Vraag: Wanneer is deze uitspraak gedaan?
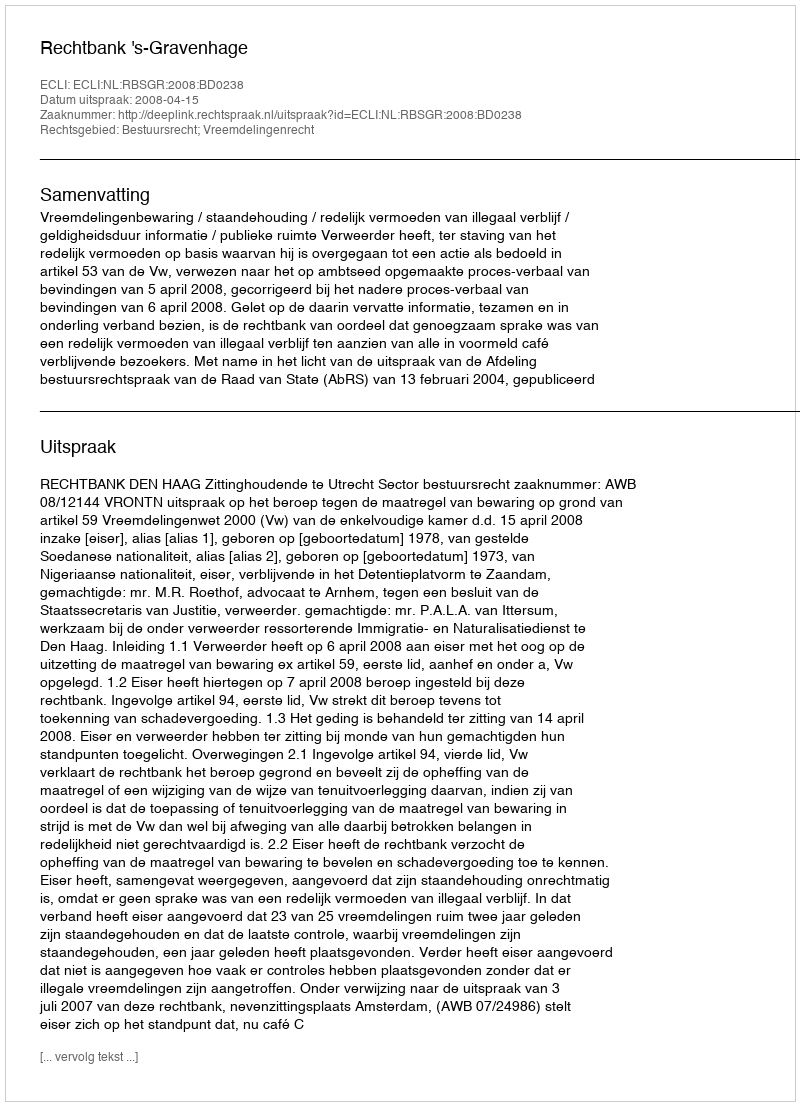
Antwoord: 2008-04-15